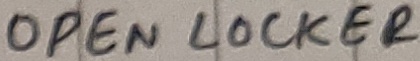
Text: OPEN LOCKER